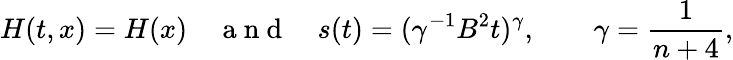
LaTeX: H(t,x)=H(x)\quad\mathrm{~a~n~d~}\quad s(t)=(\gamma^{-1}B^{2}t)^{\gamma},\qquad\gamma=\frac{1}{n+4},